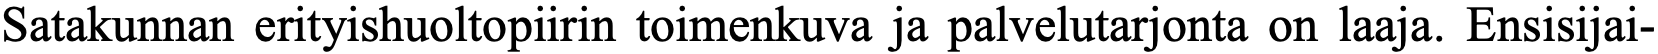
Satakunnan erityishuoltopiirin toimenkuva ja palvelutarjonta on laaja. Ensisijai-